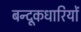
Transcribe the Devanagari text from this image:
बन्दूकधारियों